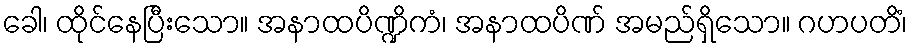
ခေါ၊ ထိုင်နေပြီးသော။ အနာထပိဏ္ဍိကံ၊ အနာထပိဏ် အမည်ရှိသော။ ဂဟပတိံ၊